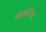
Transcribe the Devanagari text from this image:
डीव्हीनेट